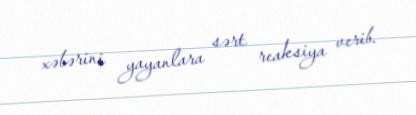
xəbərini yayanlara sərt reaksiya verib.